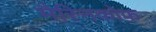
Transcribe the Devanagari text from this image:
मैस्निकोफ